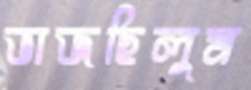
ভাজছিলুম